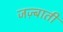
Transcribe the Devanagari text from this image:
जज़्बाती